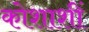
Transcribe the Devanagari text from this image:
कोशाशीं